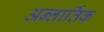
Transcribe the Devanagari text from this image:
अन्तार्तिक